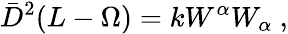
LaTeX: \bar{D}^{2}(L-\Omega)=kW^{\alpha}W_{\alpha}\ ,